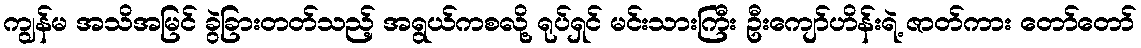
ကျွန်မ အသိအမြင် ခွဲခြားတတ်သည့် အရွယ်ကစလို့ ရုပ်ရှင် မင်းသားကြီး ဦးကျော်ဟိန်းရဲ့ ဇာတ်ကား တော်တော်